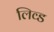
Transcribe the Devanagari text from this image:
लिव्‍ड